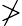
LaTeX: \ngtr